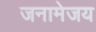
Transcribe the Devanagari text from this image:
जनामेजय